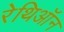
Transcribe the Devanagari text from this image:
रेथिऑन